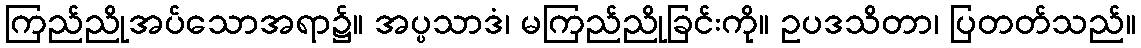
ကြည်ညိုအပ်သောအရာ၌။ အပ္ပသာဒံ၊ မကြည်ညိုခြင်းကို။ ဥပဒသိတာ၊ ပြတတ်သည်။